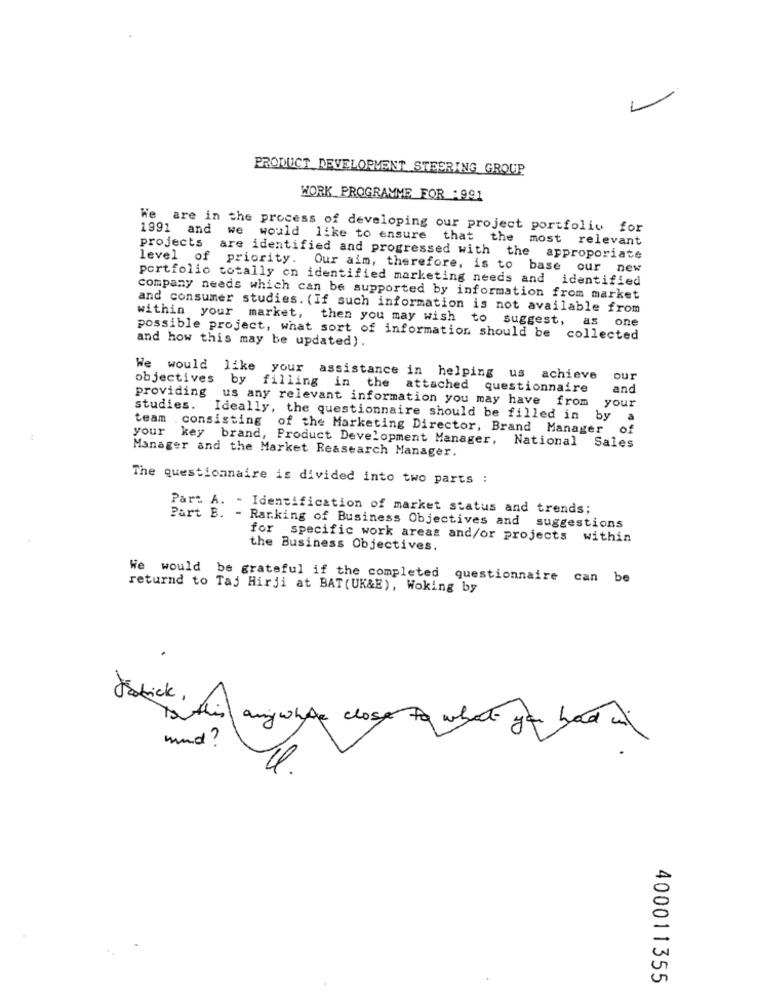
L
PRODUCT DEVELOPMENT STEERING GROUP
WORK PROGRAMME FOR :991
We are in the process of developing our project portfolio for
1991 and we would like to ensure that the most relevant
projects are identified and progressed with the approporiate
level of priority. Our aim, therefore, is to base our new
portfolio totally on identified marketing needs and identified
company needs which can be supported by information from market
and consumer studies. (If such information is not available from
within your market, then you may wish to suggest,
as one
possible project, what sort of information should be collected
and how this may be updated).
We would like your assistance in helping us achieve
our
objectives by filling in the attached questionnaire
and
providing us any relevant information you may have from
your
studies. Ideally, the questionnaire should be filled in by
team .consisting of the Marketing Director, Brand Manager
of
your key brand, Product Development Manager, National
Manager and the Market Reasearch Manager.
Sales
The questionnaire is divided into two parts :
Part A. - Identification of market status and trends;
Part B. - Ranking of Business Objectives and suggestions
for specific work areas and/or projects within
the Business Objectives.
We would be grateful if the completed questionnaire can be
returnd to Taj Hirji at BAT (UK&E), Woking by
any whte close to what you had in
und ?
400011355